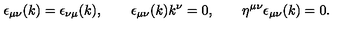
\epsilon _ { \mu \nu } ( k ) = \epsilon _ { \nu \mu } ( k ) , \qquad \epsilon _ { \mu \nu } ( k ) k ^ { \nu } = 0 , \qquad \eta ^ { \mu \nu } \epsilon _ { \mu \nu } ( k ) = 0 .